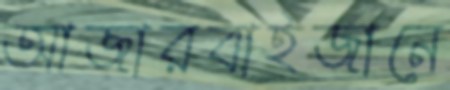
আজারবাইজানে